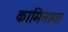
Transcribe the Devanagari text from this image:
कामिनागा